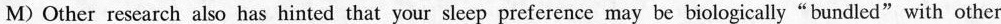
M) Other research also has hinted that your sleep preference may be biologically “ bundled” with other